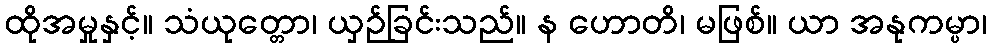
ထိုအမှုနှင့်။ သံယုတ္တော၊ ယှဉ်ခြင်းသည်။ န ဟောတိ၊ မဖြစ်။ ယာ အနုကမ္ပာ၊